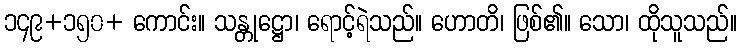
၁၄၉+၁၅၀+ ကောင်း။ သန္တုဋ္ဌော၊ ရောင့်ရဲသည်။ ဟောတိ၊ ဖြစ်၏။ သော၊ ထိုသူသည်။